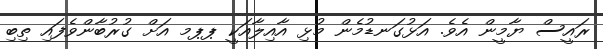
ރައީސް ޔާމީން އެވެ. އަޅުގަނޑުމެން މުޅި އާއިލާއަކީ ޕޕމ އަށް ގުރުބާންވެފައި ތިބި